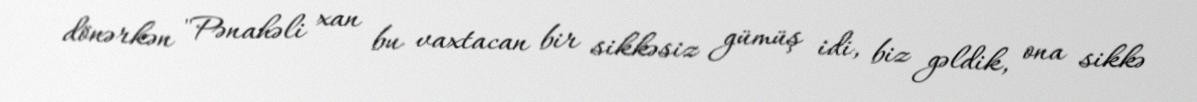
dönərkən "Pənahəli xan bu vaxtacan bir sikkəsiz gümüş idi, biz gəldik, ona sikkə